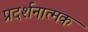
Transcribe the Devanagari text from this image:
प्रदर्शनात्‍मक